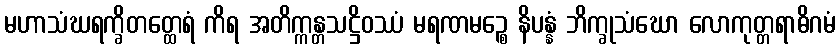
မဟာသံဃရက္ခိတတ္ထေရံ ကိရ အတိက္ကန္တသဋ္ဌိဝဿံ မရဏမဉ္စေ နိပန္နံ ဘိက္ခုသံဃော လောကုတ္တရာဓိဂမံ